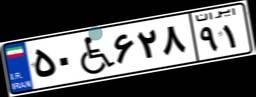
۰۸W۲۳۸۷۳